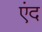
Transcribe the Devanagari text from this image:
एंद